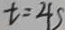
t = 4 s